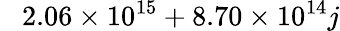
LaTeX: \phantom{-}2.06\times 10^{15}+8.70\times 10^{14}j